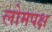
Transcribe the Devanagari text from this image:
लोमपक्ष